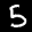
Label: 5